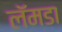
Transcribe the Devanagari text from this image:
लॅमडा